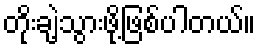
တိုးချဲ့သွားဖို့ဖြစ်ပါတယ်။